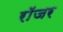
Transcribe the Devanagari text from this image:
राॅजर